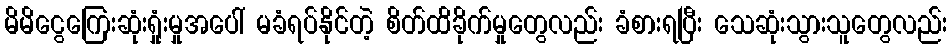
မိမိငွေကြေးဆုံးရှုံးမှုအပေါ် မခံရပ်နိုင်တဲ့ စိတ်ထိခိုက်မှုတွေလည်း ခံစားရပြီး သေဆုံးသွားသူတွေလည်း